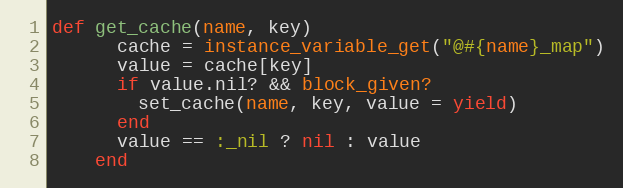
Language: Ruby
def get_cache(name, key)
      cache = instance_variable_get("@#{name}_map")
      value = cache[key]
      if value.nil? && block_given?
        set_cache(name, key, value = yield)
      end
      value == :_nil ? nil : value
    end